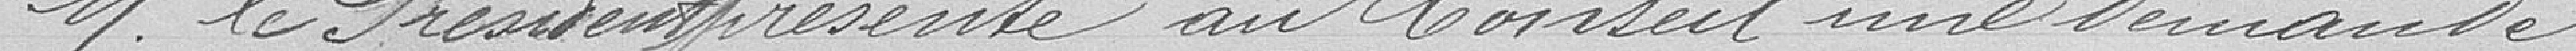
M. le Président présente au Conseil une demande